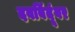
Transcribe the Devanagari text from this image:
दवबिंदूंवर